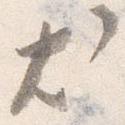
尤